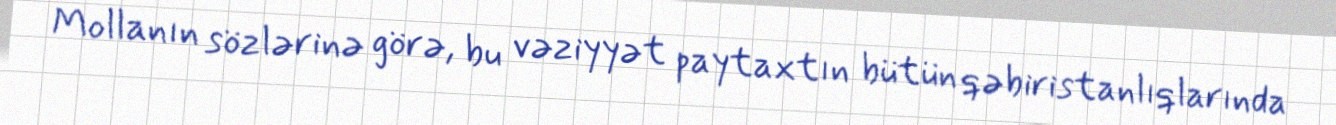
Mollanın sözlərinə görə, bu vəziyyət paytaxtın bütün qəbiristanlıqlarında